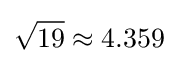
{\sqrt {19}}\approx 4.359